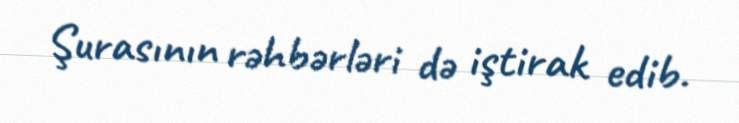
Şurasının rəhbərləri də iştirak edib.